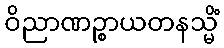
ဝိညာဏဉ္စာယတနသ္မိံ